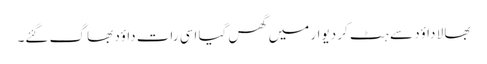
بھا لا داؤد سے ہٹ کر دیوار میں گھس گیا اسی رات داؤد بھا گ گئے۔